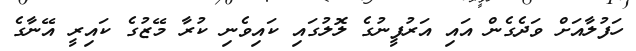
ހަފުލާއަށް ވަދެގެން އައި އަރުފީނުގެ ލޮލުގައި ކައިވެނި ކުރާ މޭޒުގެ ކައިރީ އޭނާގެ